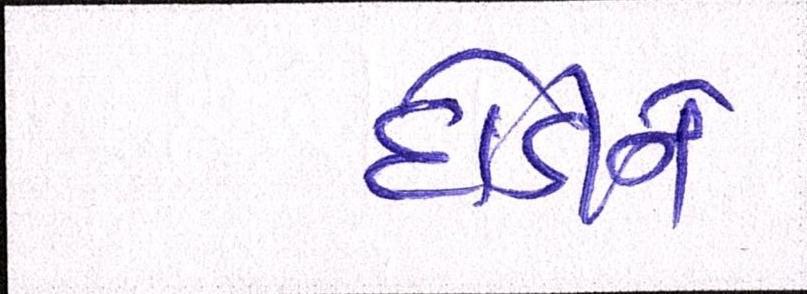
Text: દોડીને